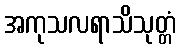
အကုသလရာသိသုတ္တံ